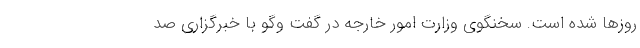
روز‌ها شده است. سخنگوی وزارت امور خارجه در گفت وگو با خبرگزاری صد